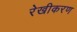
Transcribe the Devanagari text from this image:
रेखीकरण